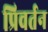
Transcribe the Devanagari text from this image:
प्रिवर्तन